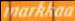
markkaa